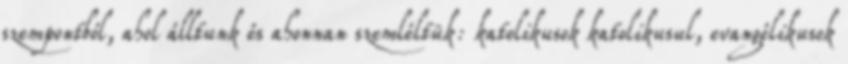
szempontból, ahol álltunk és ahonnan szemléltük: katolikusok katolikusul, evangélikusok